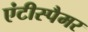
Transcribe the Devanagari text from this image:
एंटीस्पैमर